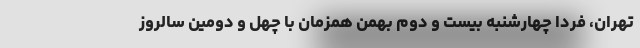
تهران، فردا چهارشنبه بیست و دوم بهمن همزمان با چهل و دومین سالروز